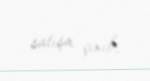
satışa çıxıb.